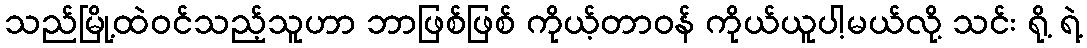
သည်မြို့ထဲဝင်သည့်သူဟာ ဘာဖြစ်ဖြစ် ကိုယ့်တာဝန် ကိုယ်ယူပါ့မယ်လို့ သင်း ရို့ ရဲ့